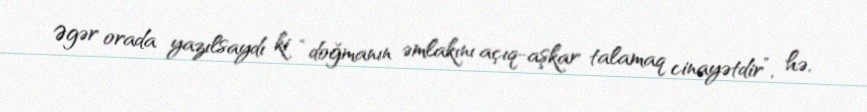
Əgər orada yazılsaydı ki “doğmanın əmlakını açıq-aşkar talamaq cinayətdir”, hə,